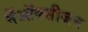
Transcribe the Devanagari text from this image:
मेंऑक्सीजन